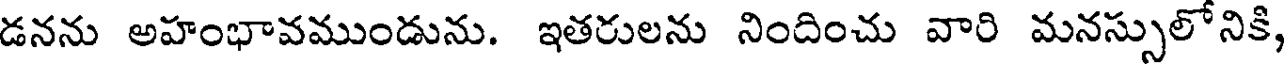
డనను అహంభావముండును. ఇతరులను నిందించు వారి మనస్సులో నికి,